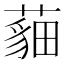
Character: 𦻿